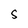
Character: s